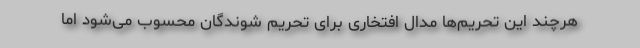
هرچند این تحریم‌ها مدال افتخاری برای تحریم شوندگان محسوب می‌شود اما